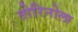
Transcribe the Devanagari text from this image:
तोरिनोला